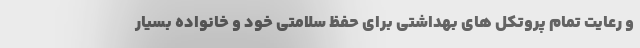
و رعایت تمام پروتکل های بهداشتی برای حفظ سلامتی خود و خانواده بسیار